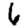
Digit: 6